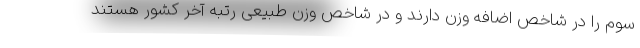
سوم را در شاخص اضافه وزن دارند و در شاخص وزن طبیعی رتبه آخر کشور هستند